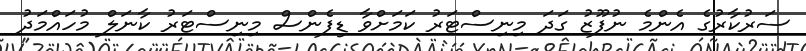
ސަރުކާރުގެ އެންމެ ނުފޫޒު ގަދަ މިނިސްޓަރު ކަމަށްވާ ޑިފެންސް މިނިސްޓަރު ކާނަލް މުހައްމަދު